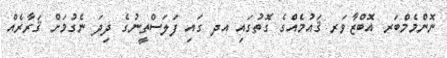
ނޮންމެމްބަރ އޮބްޒާވަރ ޤައުމެއްގެ ގޮތުގައި އދ ގައި ފަލަސްތީނުގެ ދިދަ ނެގުމަށް ޤަރާރެއް